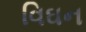
વિઘન